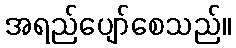
အရည်ပျော်စေသည်။